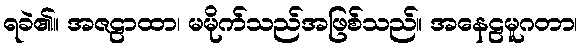
ရခဲ၏။ အဇဠာထာ၊ မမိုက်သည်အဖြစ်သည်။ အနေဠမူဂတာ၊